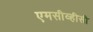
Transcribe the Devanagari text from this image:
एमसीव्हीसी